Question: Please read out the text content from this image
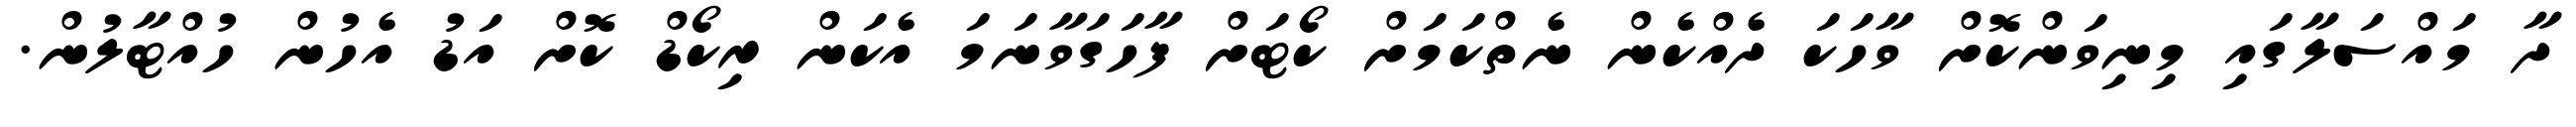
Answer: ދާ މައްސަލާގައި މިނިވަންކޮށް ވާހަކަ ދެއްކެން ނެތްކަމަށް ކޯޓަށް ފާހަގަވާނަމަ އެކަން ރިކޯޑް ކޮށް އަޑު އެހުން ހުއްޓާލުން.